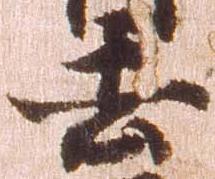
去